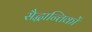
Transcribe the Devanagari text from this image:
सैद्धान्तिकों